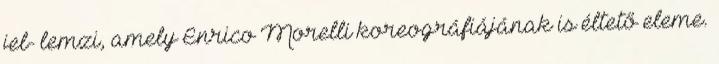
jel- lemzi, amely Enrico Morelli koreográfiájának is éltető eleme.